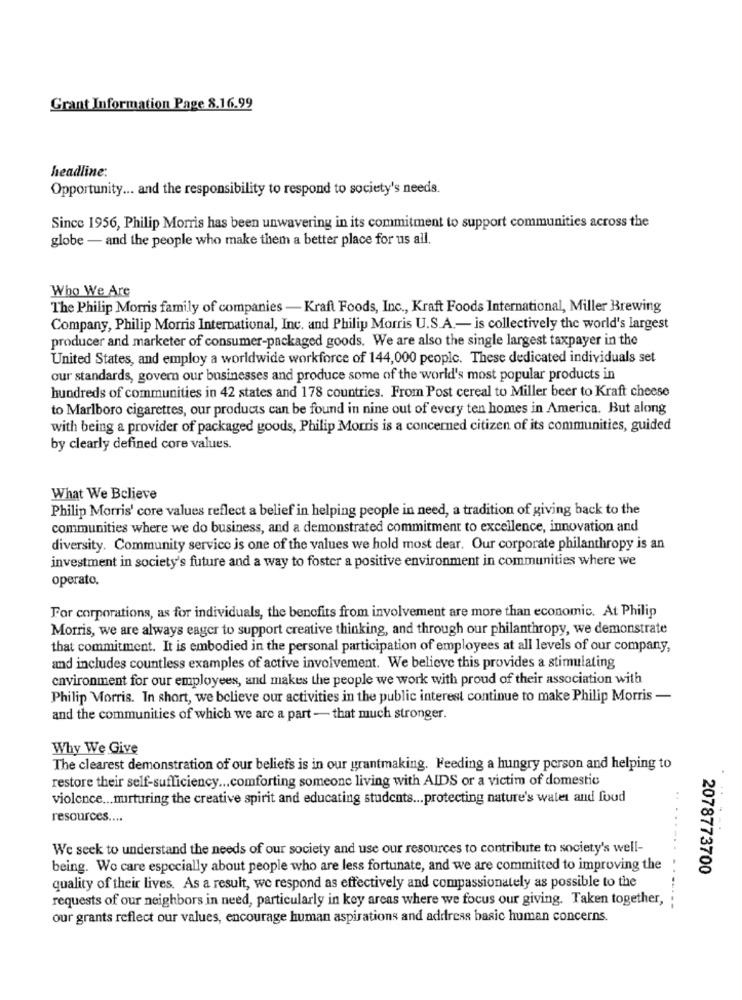
Grant Information Page 8.16.99
headline:
Opportunity ... and the responsibility to respond to society's needs.
Since 1956, Philip Morris has been unwavering in its commitment to support communities across the
globe - and the people who make them a better place for us all.
Who We Are
The Philip Morris family of companies - Kraft Foods, Inc ., Kraft Foods International, Miller Brewing
Company, Philip Morris International, Inc. and Philip Morris U.S.A .- is collectively the world's largest
producer and marketer of consumer-packaged goods. We are also the single largest taxpayer in the
United States, and employ a worldwide workforce of 144,000 people. These dedicated individuals set
our standards, govern our businesses and produce some of the world's most popular products in
hundreds of communities in 42 states and 178 countries. From Post cereal to Miller beer to Kraft cheese
to Marlboro cigarettes, our products can be found in nine out of every ten homes in America. But along
with being a provider of packaged goods, Philip Morris is a concerned citizen of its communities, guided
by clearly defined core values.
What We Believe
Philip Morris' core values reflect a belief in helping people in need, a tradition of giving back to the
communities where we do business, and a demonstrated commitment to excellence, innovation and
diversity. Community service is one of the values we hold most dear. Our corporate philanthropy is an
investment in society's future and a way to foster a positive environment in communities where we
operato.
For corporations, as for individuals, the benefits from involvement are more than economic. At Philip
Morris, we are always eager to support creative thinking, and through our philanthropy, we demonstrate
that commitment. It is embodied in the personal participation of employees at all levels of our company,
and includes countless examples of active involvement. We believe this provides a stimulating
environment for our employees, and makes the people we work with proud of their association with
Philip Morris. In short, we believe our activities in the public interest continue to make Philip Morris -
and the communities of which we are a part - that much stronger.
Why We Give
The clearest demonstration of our beliefs is in our grantmaking. Feeding a hungry person and helping to
restore their self-sufficiency ... comforting someone living with AIDS or a victim of domestic
violence ... nurturing the creative spirit and educating students ... protecting nature's water and food
resources ....
We seek to understand the needs of our society and use our resources to contribute to society's well-
being. Wo care especially about people who are less fortunate, and we are committed to improving the
2078773700
quality of their lives. As a result, we respond as effectively and compassionately as possible to the
requests of our neighbors in need, particularly in key areas where we focus our giving. Taken together,
our grants reflect our values, encourage human aspirations and address basic human concerns.